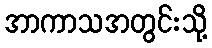
အာကာသအတွင်းသို့